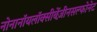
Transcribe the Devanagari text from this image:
नोनानॉयलॉक्सीबेंज़ीनसल्फोनेट